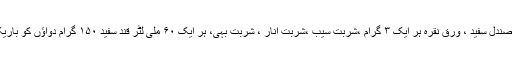
مروارید ۴ گرام کہرباء شمعی، طباشیر یشب، زہر مہرہ، صندل سفید ، ورق نقرہ ہر ایک ۳ گرام ،شربت سیب ،شربت انار ، شربت بہی، ہر ایک ۶۰ ملی لٹر قند سفید ۱۵۰ گرام دواؤں کو باریک کھرل کر کے شربت اور قند سفید کے قوام میں ملائیں۔